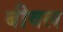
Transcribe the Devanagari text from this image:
बीवल